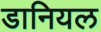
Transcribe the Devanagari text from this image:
डानियल